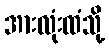
အားလုံးထံသို့